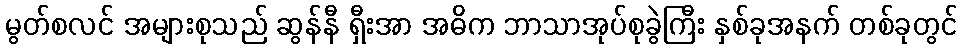
မွတ်စလင် အများစုသည် ဆွန်နီ ရှီးအာ အဓိက ဘာသာအုပ်စုခွဲကြီး နှစ်ခုအနက် တစ်ခုတွင်